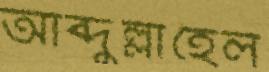
আব্দুল্লাহেল